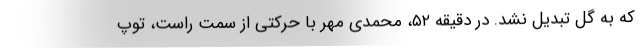
که به گل تبدیل نشد. در دقیقه ۵۲، محمدی مهر با حرکتی از سمت راست، توپ